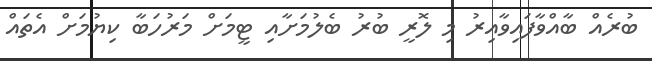
ބުރެއް ބާއްވާފައިވާއިރު މި ލޮރީ ބުރު ބެލުމަށާއި ޓީމަށް މަރުހަބާ ކިޔުމަށް އެތައް